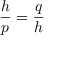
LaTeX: { \frac { h } { p } } = { \frac { q } { h } }